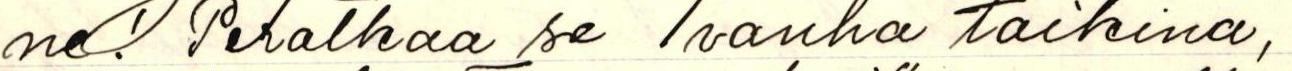
ne! Peratkaa se vanha taikina,